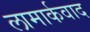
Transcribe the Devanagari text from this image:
लामार्कवाद